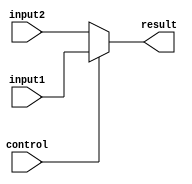
module fullmux(input[31:0] input1, input2,
	input control,
	output [31:0] result);
	
	assign result = (control == 1'b1) ? input1 : input2;
	
endmodule